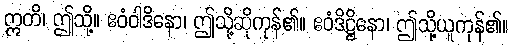
ဣတိ၊ ဤသို့။ ဧဝံဝါဒိနော၊ ဤသို့ဆိုကုန်၏။ ဧဝံဒိဋ္ဌိနော၊ ဤသို့ယူကုန်၏။